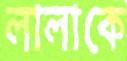
লালাকে